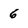
Character: 6